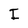
Character: I